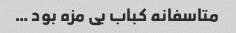
متاسفانه کباب بی مزه بود …